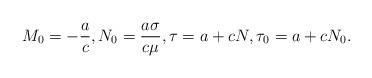
LaTeX: \begin{align*} M_0=-\frac{a}{c}, N_0=\frac{a\sigma}{c\mu}, \tau=a+cN, \tau_0=a+cN_0.\end{align*}